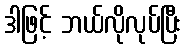
ဒါဖြင့် ဘယ်လိုလုပ်ပြီး